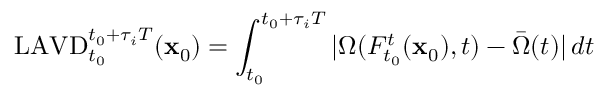
\mathrm { L A V D } _ { t _ { 0 } } ^ { t _ { 0 } + \tau _ { i } T } ( \mathbf x _ { 0 } ) = \int _ { t _ { 0 } } ^ { t _ { 0 } + \tau _ { i } T } | \Omega ( F _ { t _ { 0 } } ^ { t } ( \mathbf x _ { 0 } ) , t ) - \bar { \Omega } ( t ) | \, d t